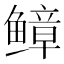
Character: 𫠒